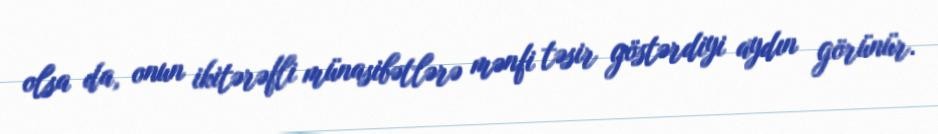
olsa da, onun ikitərəfli münasibətlərə mənfi təsir göstərdiyi aydın görünür.